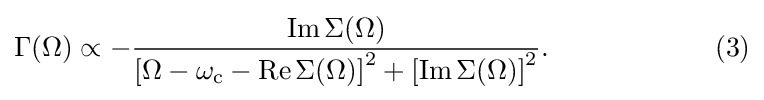
\Gamma (\Omega )\propto -{\frac {\operatorname {Im} \Sigma (\Omega )}{\left[\Omega -\omega _{\mathrm {c} }-\operatorname {Re} \Sigma (\Omega )\right]^{2}+\left[\operatorname {Im} \Sigma (\Omega )\right]^{2}}}.\qquad \qquad \qquad (3)